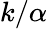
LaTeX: k/\alpha